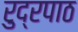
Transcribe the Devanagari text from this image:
रुद्रपाठ